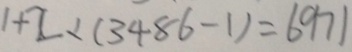
1 + 2 \times ( 3 4 8 6 - 1 ) = 6 9 7 1